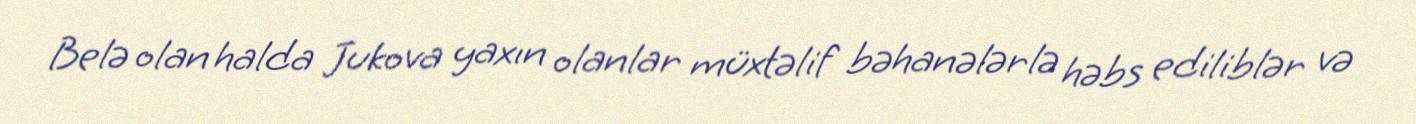
Belə olan halda Jukova yaxın olanlar müxtəlif bəhanələrlə həbs ediliblər və